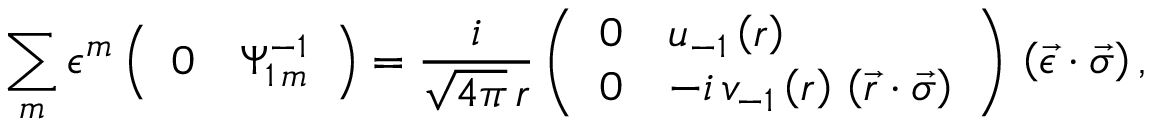
\sum _ { m } { \epsilon ^ { m } } \left( \begin{array} { l l } { { 0 } } & { { \Psi _ { 1 \, m } ^ { - 1 } } } \end{array} \right) = { \frac { i } { \sqrt { 4 \pi } \, r } } \left( \begin{array} { l l } { { 0 } } & { { u _ { - 1 } \left( r \right) } } \\ { { 0 } } & { { - i \, v _ { - 1 } \left( r \right) \, \left( \vec { r } \cdot \vec { \sigma } \right) } } \end{array} \right) \, \left( \vec { \epsilon } \cdot \vec { \sigma } \right) ,